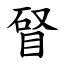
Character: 䀾